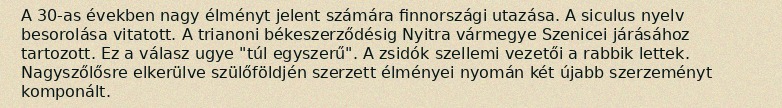
A 30-as években nagy élményt jelent számára finnországi utazása. A siculus nyelv besorolása vitatott. A trianoni békeszerződésig Nyitra vármegye Szenicei járásához tartozott. Ez a válasz ugye "túl egyszerű". A zsidók szellemi vezetői a rabbik lettek. Nagyszőlősre elkerülve szülőföldjén szerzett élményei nyomán két újabb szerzeményt komponált.